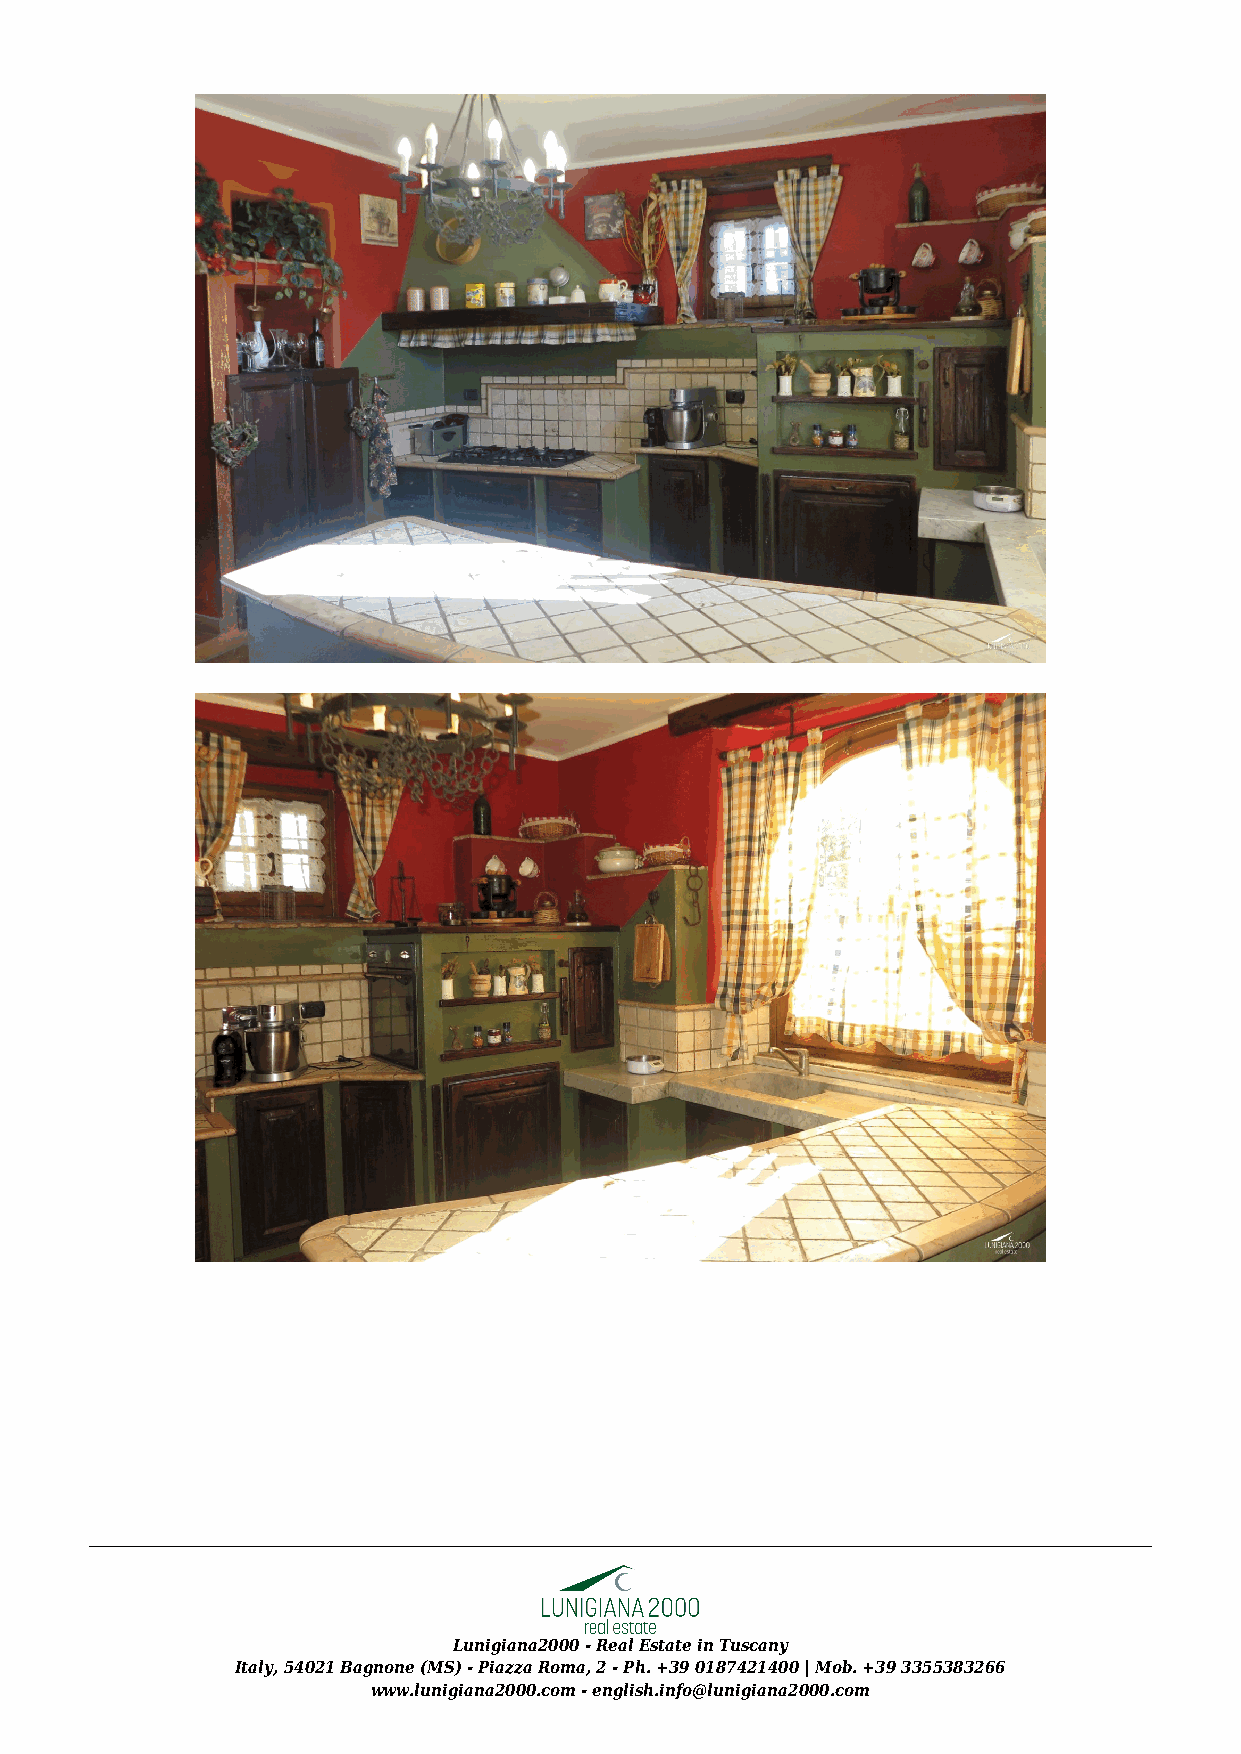
Lunigiana2000 - Real Estate in Tuscany
 Italy, 54021 Bagnone (MS) - Piazza Roma, 2 - Ph. +39 0187421400 | Mob. +39 3355383266
 www.lunigiana2000.com - english.info@lunigiana2000.com